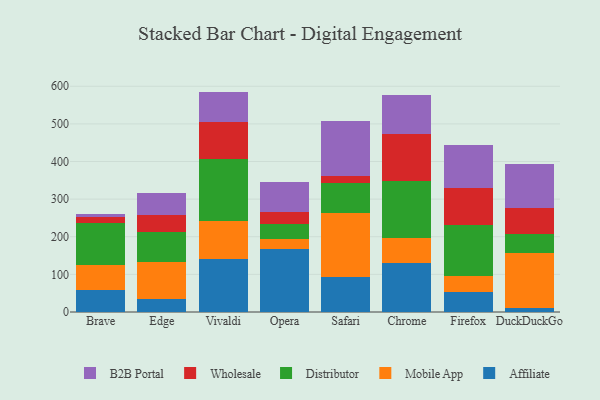
{"axis": {"x": "Browser", "y": "Latency (ms)"}, "legend": ["Affiliate", "B2B Portal", "Distributor", "Mobile App", "Wholesale"], "data": [{"x": "Brave", "y": 59.8, "type": "Affiliate"}, {"x": "Brave", "y": 64.6, "type": "Mobile App"}, {"x": "Brave", "y": 113.0, "type": "Distributor"}, {"x": "Brave", "y": 16.2, "type": "Wholesale"}, {"x": "Brave", "y": 5.7, "type": "B2B Portal"}, {"x": "Edge", "y": 33.9, "type": "Affiliate"}, {"x": "Edge", "y": 97.9, "type": "Mobile App"}, {"x": "Edge", "y": 81.0, "type": "Distributor"}, {"x": "Edge", "y": 45.8, "type": "Wholesale"}, {"x": "Edge", "y": 56.5, "type": "B2B Portal"}, {"x": "Vivaldi", "y": 139.6, "type": "Affiliate"}, {"x": "Vivaldi", "y": 103.6, "type": "Mobile App"}, {"x": "Vivaldi", "y": 162.3, "type": "Distributor"}, {"x": "Vivaldi", "y": 98.8, "type": "Wholesale"}, {"x": "Vivaldi", "y": 81.5, "type": "B2B Portal"}, {"x": "Opera", "y": 166.2, "type": "Affiliate"}, {"x": "Opera", "y": 28.1, "type": "Mobile App"}, {"x": "Opera", "y": 38.7, "type": "Distributor"}, {"x": "Opera", "y": 31.5, "type": "Wholesale"}, {"x": "Opera", "y": 81.5, "type": "B2B Portal"}, {"x": "Safari", "y": 93.8, "type": "Affiliate"}, {"x": "Safari", "y": 168.1, "type": "Mobile App"}, {"x": "Safari", "y": 80.8, "type": "Distributor"}, {"x": "Safari", "y": 18.2, "type": "Wholesale"}, {"x": "Safari", "y": 147.8, "type": "B2B Portal"}, {"x": "Chrome", "y": 131.3, "type": "Affiliate"}, {"x": "Chrome", "y": 64.4, "type": "Mobile App"}, {"x": "Chrome", "y": 153.2, "type": "Distributor"}, {"x": "Chrome", "y": 124.5, "type": "Wholesale"}, {"x": "Chrome", "y": 103.3, "type": "B2B Portal"}, {"x": "Firefox", "y": 52.2, "type": "Affiliate"}, {"x": "Firefox", "y": 43.7, "type": "Mobile App"}, {"x": "Firefox", "y": 136.6, "type": "Distributor"}, {"x": "Firefox", "y": 98.1, "type": "Wholesale"}, {"x": "Firefox", "y": 113.5, "type": "B2B Portal"}, {"x": "DuckDuckGo", "y": 9.4, "type": "Affiliate"}, {"x": "DuckDuckGo", "y": 148.7, "type": "Mobile App"}, {"x": "DuckDuckGo", "y": 49.6, "type": "Distributor"}, {"x": "DuckDuckGo", "y": 68.5, "type": "Wholesale"}, {"x": "DuckDuckGo", "y": 117.7, "type": "B2B Portal"}]}